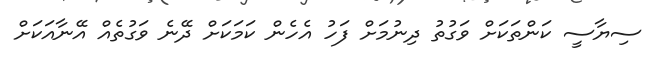
ސިޔާސީ ކަންތަކަށް ވަގުތު ދިނުމަށް ފަހު އެހެން ކަމަކަށް ދޭނެ ވަގުތެއް އޭނާއަކަށް